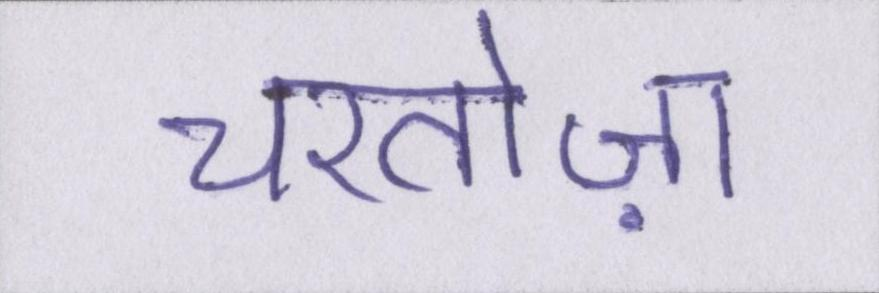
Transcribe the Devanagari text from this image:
चरतोज़ा